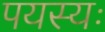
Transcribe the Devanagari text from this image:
पयस्यः